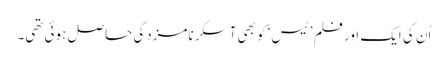
اُن کی ایک اور فلم ’ٹیس‘ کو بھی آسکر نامزدگی حاصل ہوئی تھی۔